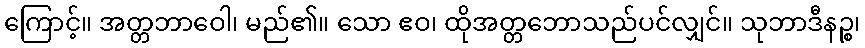
ကြောင့်။ အတ္တဘာဝေါ၊ မည်၏။ သော ဧဝ၊ ထိုအတ္တဘောသည်ပင်လျှင်။ သုဘာဒီနဉ္စ၊